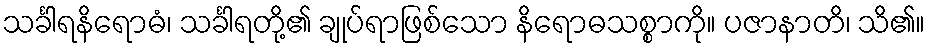
သင်္ခါရနိရောဓံ၊ သင်္ခါရတို့၏ ချုပ်ရာဖြစ်သော နိရောဓသစ္စာကို။ ပဇာနာတိ၊ သိ၏။